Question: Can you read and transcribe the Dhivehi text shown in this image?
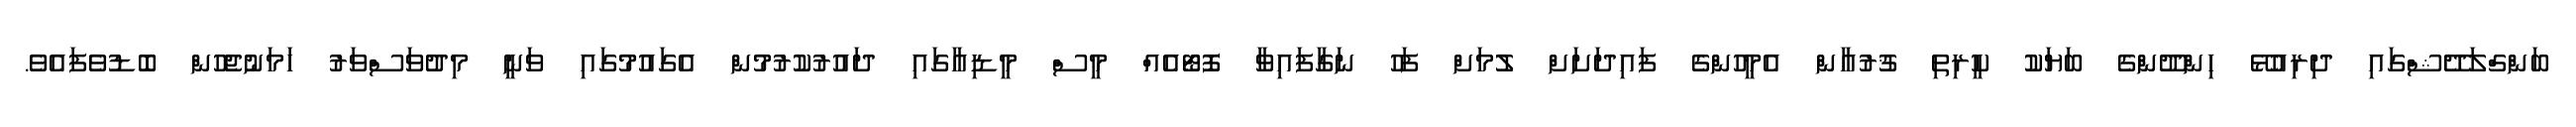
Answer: ބަންގްލަދޭޝްގައި ދިރިއުޅޭ ހިންދޫންގެ ބަޔަކު ކީރިތި ޤުރުއާން އެމީހުންގެ ފައިދަށަށް ލުމަށް ފަހު ނަގާފައިވާ ފޮޓޯއެއް މީސް މީޑިއާގައި ދައުރުކުރުމުން އެގައުމުގައި ވަނީ މިދުވަސްވަރު ހަމަނުޖެހުން ބޮޑުވެފައެވެ.